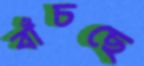
বাঁচছে